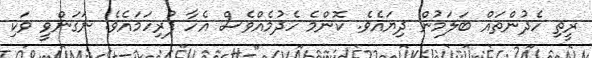
ރީތި ހެދުންތައް ބަލަމުން ދިޔައެވެ. ކޮންމެ ހެދުމެއްވެސް އެހާ ފުރިހަމައެވެ. ނަގަންވީ ވަކި